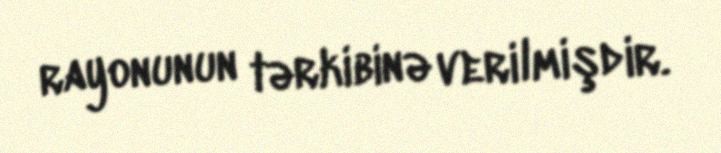
rayonunun tərkibinə verilmişdir.